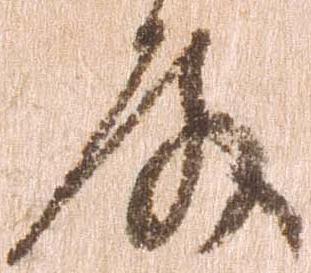
殿